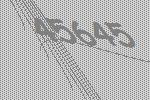
45645